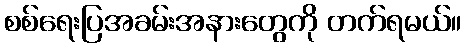
စစ်ရေးပြအခမ်းအနားတွေကို တက်ရမယ်။